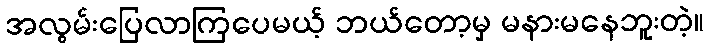
အလွမ်းပြေလာကြပေမယ့် ဘယ်တော့မှ မနားမနေဘူးတဲ့။